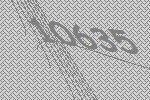
10635